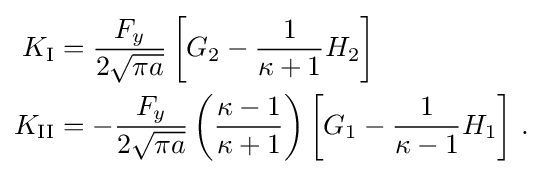
{\begin{aligned}K_{\rm {I}}&={\frac {F_{y}}{2{\sqrt {\pi a}}}}\left[G_{2}-{\frac {1}{\kappa +1}}H_{2}\right]\\K_{\rm {II}}&=-{\frac {F_{y}}{2{\sqrt {\pi a}}}}\left({\frac {\kappa -1}{\kappa +1}}\right)\left[G_{1}-{\frac {1}{\kappa -1}}H_{1}\right]\,.\end{aligned}}